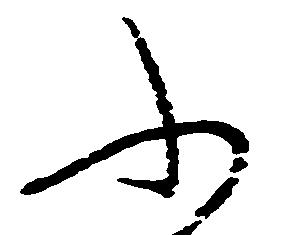
ふ